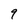
Character: q